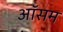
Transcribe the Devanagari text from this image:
ऑसम